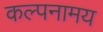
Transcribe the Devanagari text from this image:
कल्पनामय